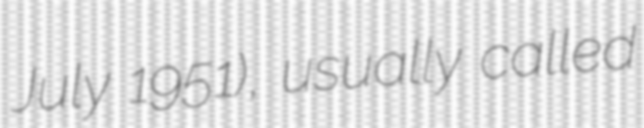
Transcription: July 1951), usually called